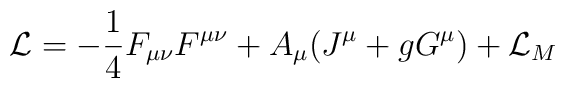
{\cal L}=-\frac{1}{4}F_{\mu\nu}F^{\mu\nu}+ A_\mu(J^\mu + gG^\mu)+{\cal L}_M